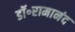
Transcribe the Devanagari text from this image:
डॉ॰रामानंद